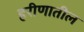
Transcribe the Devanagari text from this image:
हरीणातील